Report of the Indian Hemp Drugs Commission, 1894-1895 - Volume VI
Year: 1894
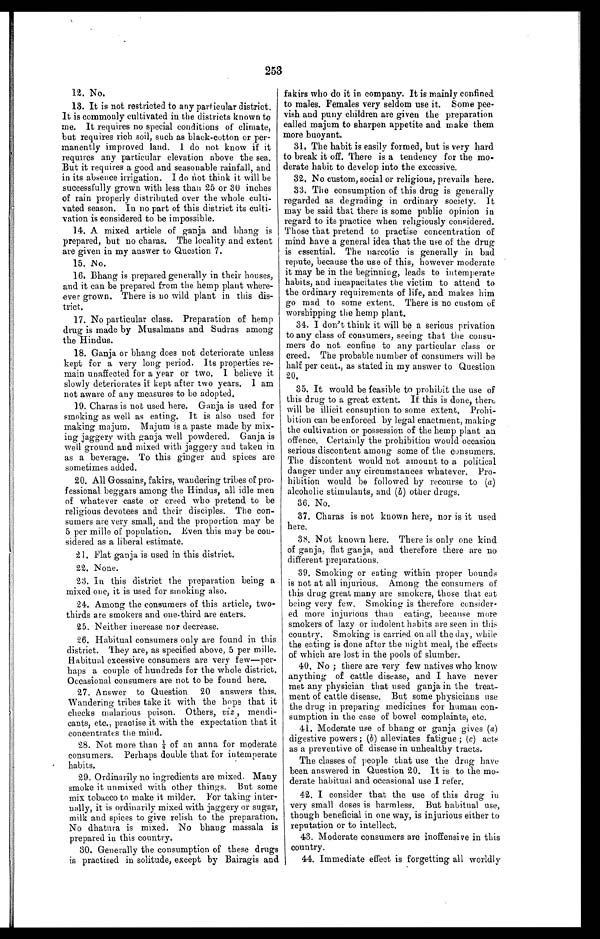
253
12. No.
13. It is not restricted to any particular district.
It is commonly cultivated in the districts known to
me. It requires no special conditions of climate,
but requires rich soil, such as black-cotton or per--
manently improved land. 1 do not know if it
requires any particular elevation above the sea.
But it requires a good and seasonable rainfall, and
in its absence irrigation. I do not think it will be
successfully grown with less than 25 or 30 inches
of rain properly distributed over the whole culti--
vated season. In no part of this district its culti--
vation is considered to be impossible.
14. A mixed article of ganja and bhang is
prepared, but no chains. The locality and extent
are given in my answer to Question 7.
1 5 . N o .
16. Bhang is prepared generally in their houses,
and it can be prepared from the hemp plant where-
ever grown. There is no wild plant in this dis-
- t r i c t .
17. No particular class. Preparation of hemp
drug is made by Musalmans and Sudras among
the Hindus.
18. Ganja or bhang does not deteriorate unless
kept for a very long period. Its properties re-
main unaffected for a year or two. I believe it
slowly deteriorates if kept after two years. I am
not aware of any measures to be adopted.
19. Charas is not used here. Ganja is used for
smoking as well as eating. It is also used for
making majum. Majum is a paste made by mix--
ing jaggery with ganja well powdered. Ganja is
well ground and mixed with jaggery and taken in
as a beverage. To this ginger and spices are
sometimes added.
20. All Gossains, fakirs, wandering tribes of pro-
fessional beggars among the Hindus, all idle men
of whatever caste or creed who pretend to be
religious devotees and their disciples. The con--
sumers are very small, and the proportion may be
5 per mille of population. Even this may be con-
sidered as a liberal estimate.
2 1 . F l a t g a n j a i s u s e d i n t h i s d i s t r i c t .
2 2 . N o n e .
23. In this district the preparation being a
mixed one, it is used for smoking also.
24. Among the consumers of this article, two-
thirds are smokers and one-third are eaters.
2 5 . N e i t h e r i n c r e a s e n o r d e c r e a s e .
26. Habitual consumers only are found in this
district. They are, as specified above, 5 per mille.
Habitual, excessive consumers are very few—per--
haps a couple of hundreds for the whole district.
Occasional consumers are not to be found here.
27. Answer to Question 20 answers this.
Wandering tribes take it with the hope that it
checks malarious poison. Others, viz , mendi-
cants, etc., practise it with the expectation that it
concentrates tile mind.
28. Not more than ¼o f a n a n n a f o r m o d e r a t e
consumers. Perhaps double that for intemperate
habits.
29. Ordinarily no ingredients are mixed. Many
smoke it unmixed with other things. But some
mix tobacco to make it milder. For taking inter--
nally, it is ordinarily mixed with jaggery or sugar,
milk and spices to give relish to the preparation.
No dhatura is mixed. No bhang massala is
prepared in this country.
30. Generally the consumption of these drugs
is practised in solitude, except by Bairagis and
fakirs who do it in company. It is mainly confined
to males, Females very seldom use it. Some pee-
vish and puny children are given the preparation
called majum to sharpen appetite and make them
more buoyant.
31. The habit is easily formed, but is very hard
to break it off. There is a tendency for the mo-
- d e r a t e h a b i t t o d e v e l o p i n t o t h e e x c e s s i v e .
32. No custom, social or religious, prevails here.
33. The consumption of this drug is generally
regarded as degrading in ordinary society. It
may be said that there is some public opinion in
regard to its practice when religiously considered.
Those that pretend to practise concentration of
mind have a general idea that the use of the drug
is essential. The narcotic is generally in bad
repute, because the use of this, however moderate
it may be in the beginning, leads to intemperate
habits, and incapacitates the victim to attend to
the ordinary requirements of life, and makes him
go mad to some extent. There is no custom of
worshipping the hemp plant.
34. I don't think it will be a serious privation
to any class of consumers, seeing that the consu-
mers do not confine to any particular class or
creed. The probable number of consumers will be
half per cent., as stated in my answer to Question
20.
35. It would be feasible to prohibit the use of
this drug to a great extent. If this is done, there
will be illicit consuption to some extent. Prohi-
bition can be enforced by legal enactment, making
the cultivation or possession of the hemp plant an
offence. Certainly the prohibition would occasion
serious discontent among some of the consumers.
The discontent would not amount to a political
danger under any circumstances whatever. Pro-
hibition would be followed by recourse to (a)
alcoholic stimulants, and (b) other drugs.
36. No.
37. Charas is not known here, nor is it used
here.
38. Not known here. There is only one kind
of ganja, flat ganja, and therefore there are no
different preparations.
39. Smoking or eating within proper bounds-
is not at all injurious. Among the consumers of
this drug great many are smokers, those that eat
being very few. Smoking is therefore consider
-ed more injurious than eating, because more
smokers of lazy or indolent habits are seen in this
country. Smoking is carried on all the day, while
the eating is done after the night meal, the effects
of which are lost in the pools of slumber.
40. No ; there are very few natives who know
anything of cattle disease, and I have never
met any physician that used ganja in the treat-
ment of cattle disease. But some physicians use
the drug in preparing medicines for human con-
sumption in the case of bowel complaints, etc.
41. Moderate use of bhang or ganja gives (a)
digestive powers ; (b) alleviates fatigue ; (c) acts
as a preventive of disease in unhealthy tracts.
The classes of people that use the drug have
been answered in Question 20. It is to the mo-
derate habitual and occasional use I refer.
42. I consider that the use of this drug in
very small doses is harmless. But habitual use,
though beneficial in one way, is injurious either to
reputation or to intellect.
43. Moderate consumers are inoffensive in this
country.
44. Immediate effect is forgetting all worldly